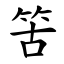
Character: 䇢